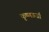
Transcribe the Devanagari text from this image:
कृष्णऊर्जा